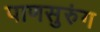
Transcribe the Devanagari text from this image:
पाणसुरुंग